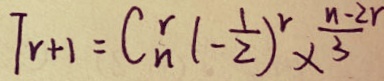
T _ { r + 1 } = C _ { n } ^ { r } ( - \frac { 1 } { 2 } ) ^ { r } \times \frac { n - 2 r } { 3 }